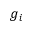
g _ { i }